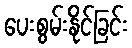
ပေးစွမ်းနိုင်ခြင်း